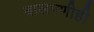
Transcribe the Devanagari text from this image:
बालपणीही